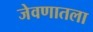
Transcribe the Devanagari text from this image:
जेवणातला